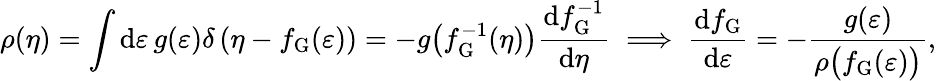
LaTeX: \rho(\eta)=\int\mathrm{d}\varepsilon\, g(\varepsilon)\delta\left(\eta-f_{\mathrm{G}}(\varepsilon)\right)=-g\big(f_{\mathrm{G}}^{-1}(\eta)\big)\frac{\mathrm{d}f_{\mathrm{G}}^{-1}}{\mathrm{d}\eta}\implies\frac{\mathrm{d}f_{\mathrm{G}}}{\mathrm{d}\varepsilon}=-\frac{g(\varepsilon)}{\rho\big(f_{\mathrm{G}}(\varepsilon)\big)},